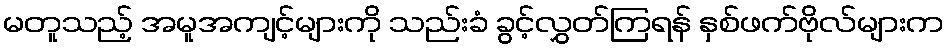
မတူသည့် အမူအကျင့်များကို သည်းခံ ခွင့်လွှတ်ကြရန် နှစ်ဖက်ဗိုလ်များက